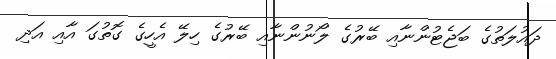
ދައުލަތުގެ ބަޖެޓުންނާއި ބޭރުގެ ލޯނުންނާއި ބޭރުގެ ހިލޭ އެހީގެ ގޮތުގަ އާއި އަދި